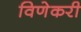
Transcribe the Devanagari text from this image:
विणेकरी